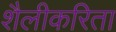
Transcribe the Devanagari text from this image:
शैलीकरिता